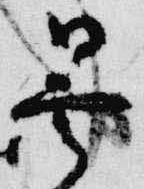
曇